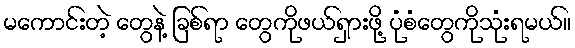
မကောင်းတဲ့ တွေနဲ့ ခြစ်ရာ တွေကိုဖယ်ရှားဖို့ ပုံစံတွေကိုသုံးရမယ်။